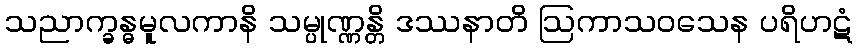
သညာက္ခန္ဓမူလကာနိ သမ္ပုဏ္ဏန္တိ ဒဿနာတိ ဩကာသဝသေန ပရိဟဋံ